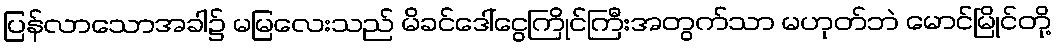
ပြန်လာသောအခါ၌ မမြလေးသည် မိခင်ဒေါ်ငွေကြိုင်ကြီးအတွက်သာ မဟုတ်ဘဲ မောင်မြိုင်တို့